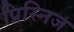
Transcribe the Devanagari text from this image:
प्रिस्निज